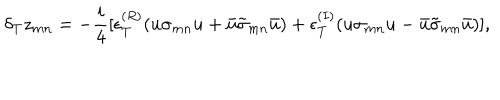
LaTeX: \delta _ { T } z _ { m n } = - \frac { i } { 4 } [ \epsilon _ { T } ^ { ( R ) } ( u \sigma _ { m n } u + \bar { u } \tilde { \sigma } _ { m n } \bar { u } ) + \epsilon _ { T } ^ { ( I ) } ( u \sigma _ { m n } u - \bar { u } \tilde { \sigma } _ { m n } \bar { u } ) ] ,